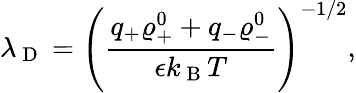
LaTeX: \lambda_{\mathrm{~D~}}=\left(\frac{q_{+}\varrho_{+}^{0}+q_{-}\varrho_{-}^{0}}{\epsilon k_{\mathrm{~B~}}T}\right)^{-1/2},